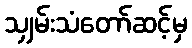
သျှမ်းသံတော်ဆင့်မှ